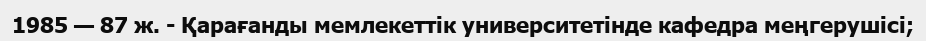
1985 — 87 ж. - Қарағанды мемлекеттік университетінде кафедра меңгерушісі;